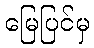
မြေပြင်မှ